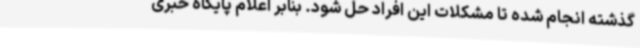
گذشته انجام شده تا مشکلات این افراد حل شود. بنابر اعلام پایگاه خبری